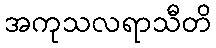
အကုသလရာသီတိ